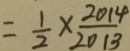
= \frac { 1 } { 2 } \times \frac { 2 0 1 4 } { 2 0 1 3 }